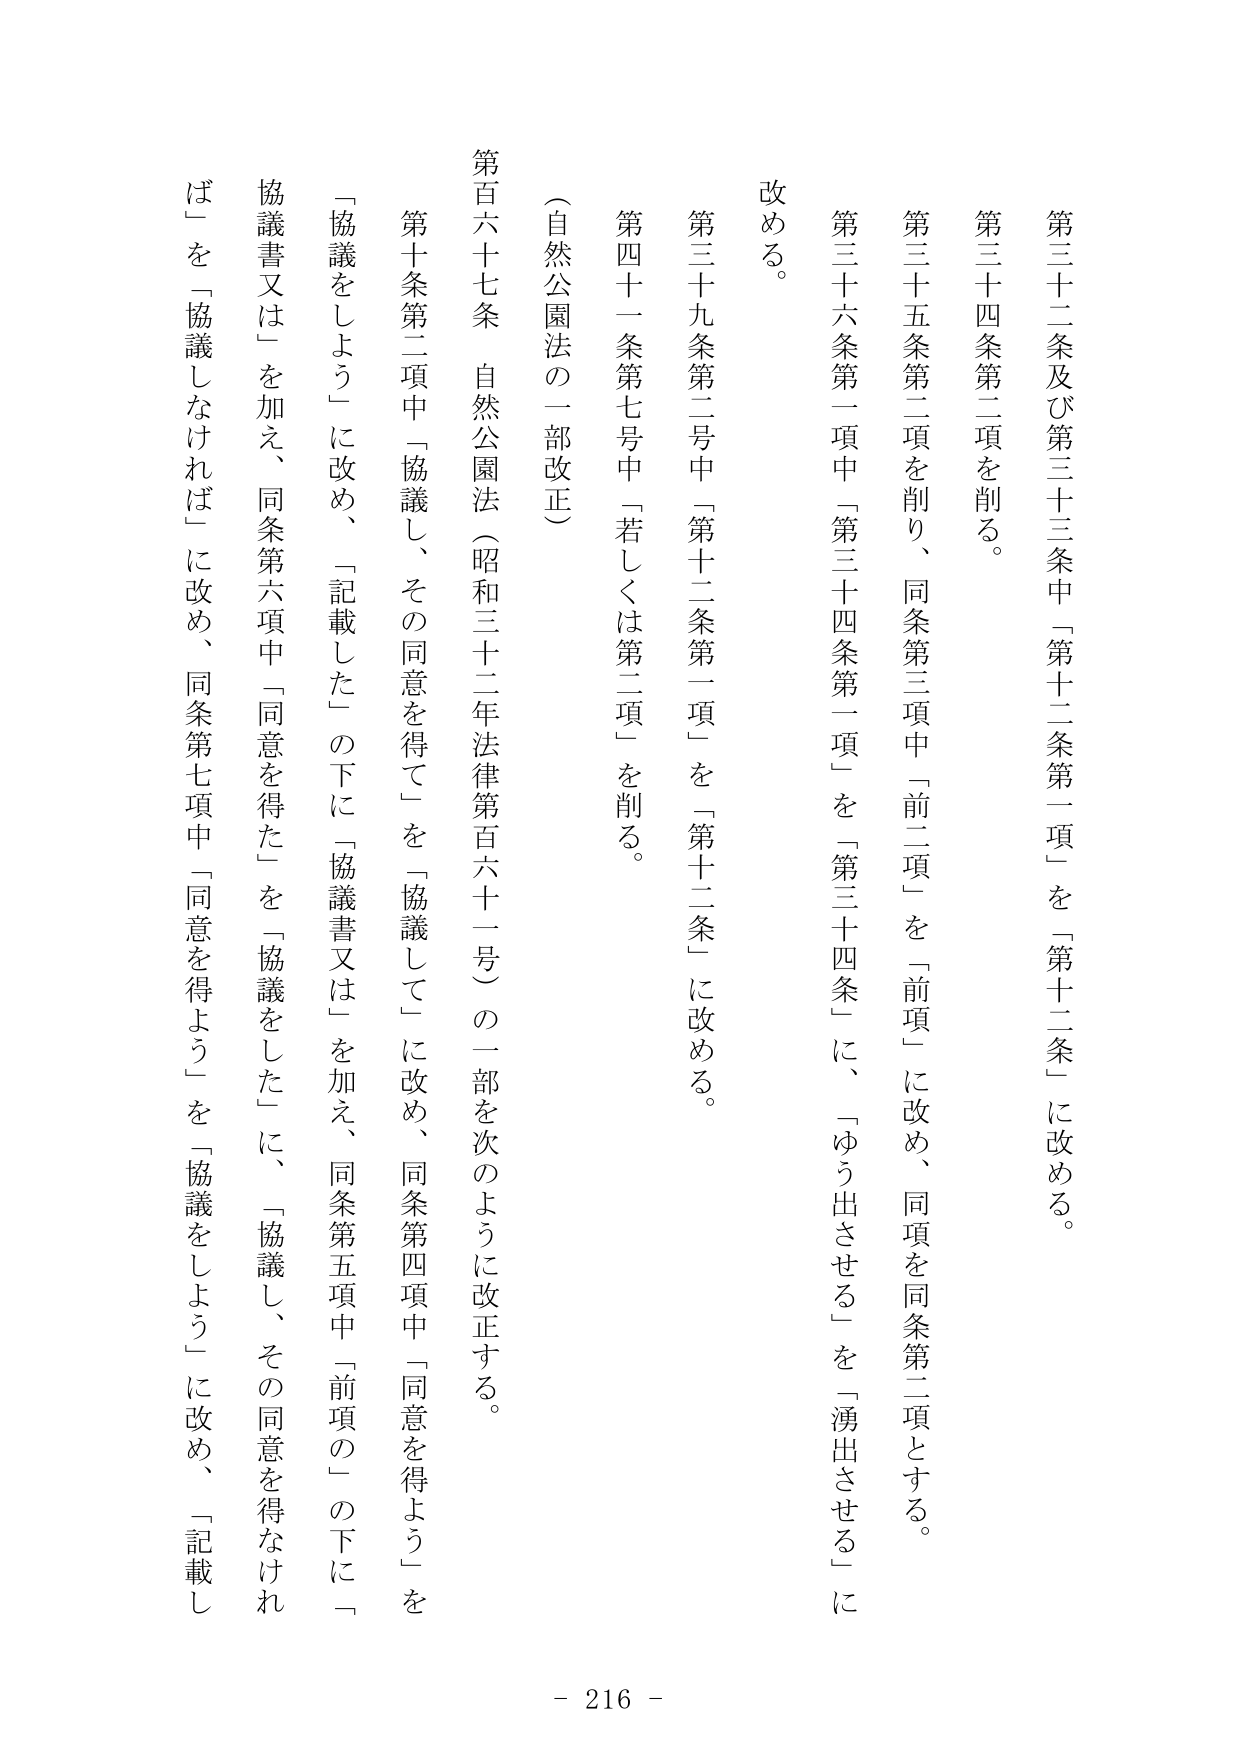
第三十二条及び第三十三条中「第十二条第一項」を「第十二条」に改める。

第三十四条第二項を削る。

第三十五条第二項を削り、同条第三項中「前二項」を「前項」に改め、同項を同条第二項とする。

第三十六条第一項中「第三十四条第一項」を「第三十四条」に、「ゆう出させる」を「湧出させる」に改める。

第三十九条第二号中「第十二条第一項」を「第十二条」に改める。

第四十一条第七号中「若しくは第二項」を削る。

（自然公園法の一部改正）

第百六十七条 自然公園法（昭和三十二年法律第百六十一号）の一部を次のように改正する。

第十条第二項中「協議し、その同意を得て」を「協議して」に改め、同条第四項中「同意を得よう」を「協議をしよう」に改め、「記載した」の下に「協議書又は」を加え、同条第五項中「前項の」の下に「協議書又は」を加え、同条第六項中「同意を得た」を「協議をした」に、「協議し、その同意を得なけれ ば」を「協議しなければ」に改め、同条第七項中「同意を得よう」を「協議をしよう」に改め、「記載し

- 216 -